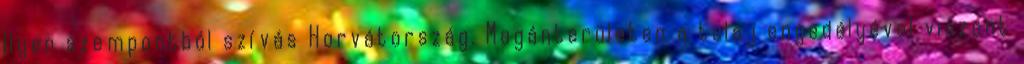
Ilyen szempontból szívás Horvátország. Magánterületen a tulaj engedélyével viszont